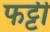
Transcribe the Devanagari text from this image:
फट्टी